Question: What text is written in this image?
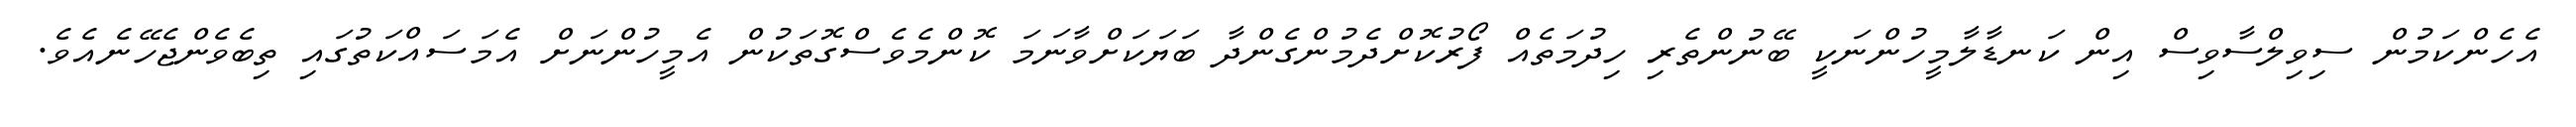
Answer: އެހެންކަމުން ސިވިލްސާވިސް އިން ކަނޑާލާމީހުންނަކީ ބޭނުންތެރި ހިދުމަތެއް ފޯރުކޮށްދެމުންގެންދާ ބަޔަކަށްވާނަމަ ކޮންމެވެސްގޮތަކުން އެމީހުންނަށް އެމަސައްކަތުގައި ތިބެވެންޖެހޭނެއެވެ.